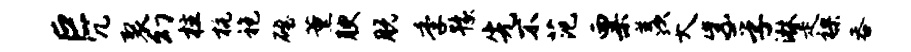
巨冗裂幻柱杭袍磴薰腴脱季豫先不范粟羡夭紫孚淋走裸吞